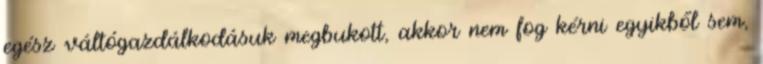
egész váltógazdálkodásuk megbukott, akkor nem fog kérni egyikből sem,